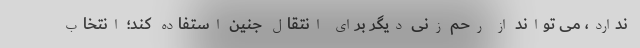
ندارد، می تواند از رحم زنی دیگر برای انتقال جنین استفاده کند؛ انتخاب